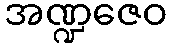
အဏ္ဍဇေဝ